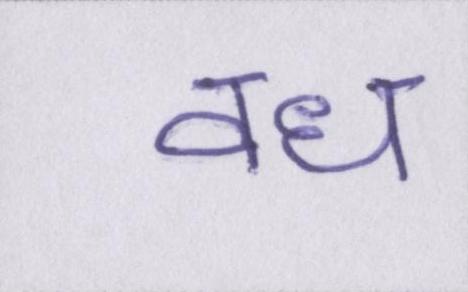
वध